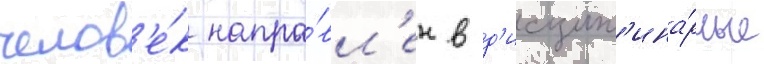
челов'е́к напра́вл'ен в д'исципл'ина́рные